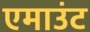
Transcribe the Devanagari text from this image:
एमाउंट